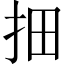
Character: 𱟱